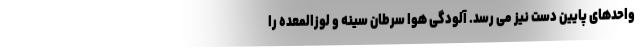
واحدهای پایین دست نیز می رسد. آلودگی هوا سرطان سینه و لوزالمعده را